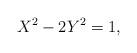
LaTeX: \begin{align*} X^2 - 2 Y^2 = 1, \end{align*}